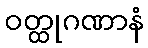
ဝတ္ထုဂဏာနံ